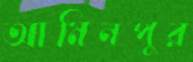
আমিনপুর